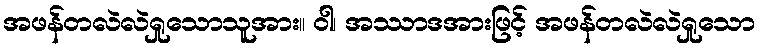
အဖန်တလဲလဲရှုသောသူအား။ ဝါ၊ အဿာဒအားဖြင့် အဖန်တလဲလဲရှုသော